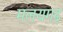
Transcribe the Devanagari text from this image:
मलयगढ़